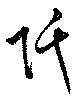
阡